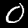
Label: 0